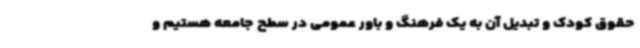
حقوق کودک و تبدیل آن به یک فرهنگ و باور عمومی در سطح جامعه هستیم و